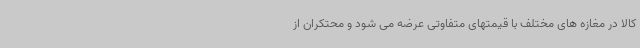
کالا در مغازه های مختلف با قیمتهای متفاوتی عرضه می شود و محتکران از